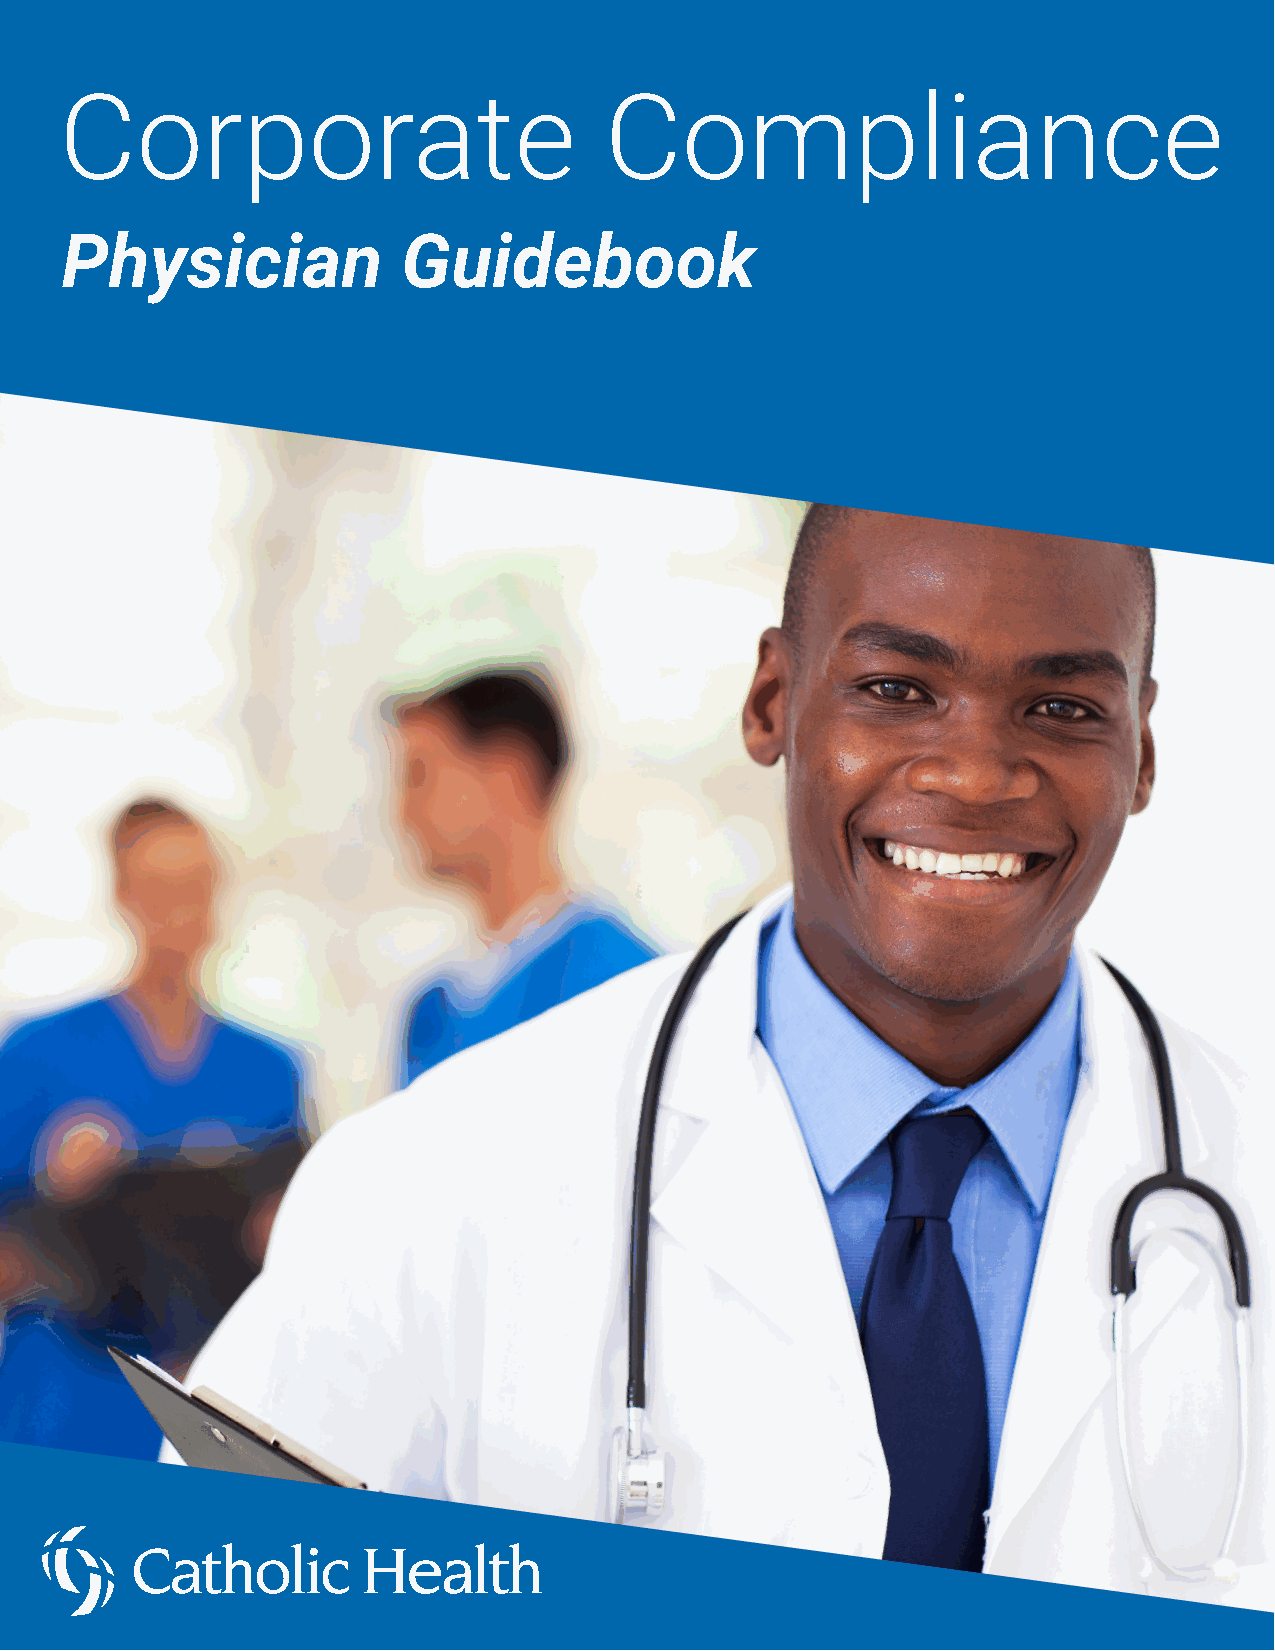
Corporate                           Compliance
 Physician              Guidebook